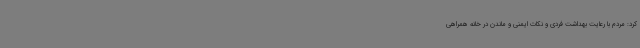
کرد: مردم با رعایت بهداشت فردی و نکات ایمنی و ماندن در خانه همراهی